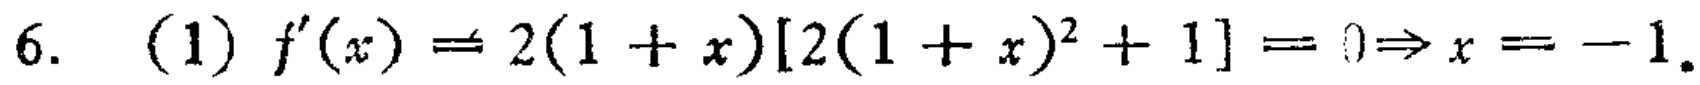
6. (1) \(f^{\prime}(x)=2(1 + x)[2(1 + x)^{2}+1]=0\Rightarrow x=-1\).